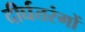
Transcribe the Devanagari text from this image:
दीर्घतरंगों